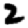
Digit: 2